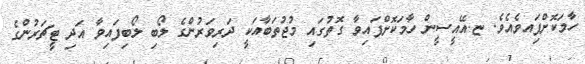
ހާމަކޮށްފަިއވެއެވެ. ޏ.އޭއީސީން ހާމަކޮށްފައިވާ ގޮތުގައި މުޖުތަބާއަކީ ދަރިވަރުންގެ ލޯބި ލޯބިފައިވާ އަދި ޓީޗަރުންގެ